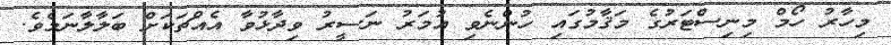
މިހާރު ހޯމް މިނިސްޓަރުގެ މަޤާމުގައި ހުންނެވި އުމަރު ނަސީރު ވިދާޅުވާ އެއްޗަކަށް ބަލާލާނަމެވެ.